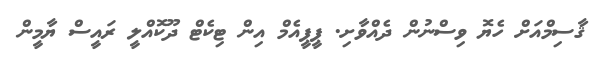
ޤާސިމްއަށް ހެޔޮ ވިސްނުން ދެއްވާށި. ޕީޕީއެމް އިން ޓިކެޓް ދޫކޮއްލީ ރައީސް ޔާމީން